Vaccination in the Punjab 1905-1918 - 1905-1918
Year: 1905
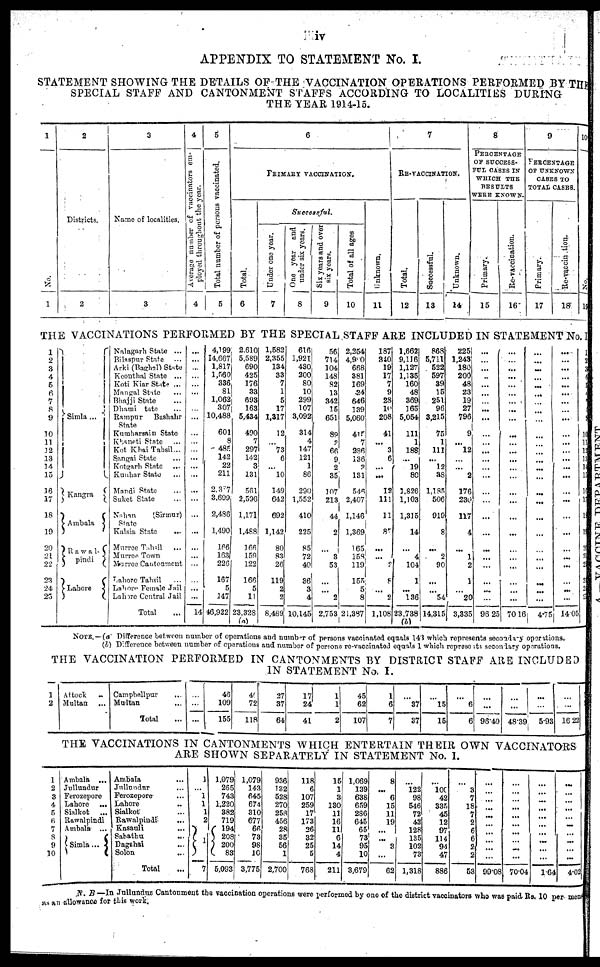
iv
APPENDIX TO STATEMENT No. I.
STATEMENT SHOWING THE DETAILS OF THE VACCINATION OPERATIONS PERFORMED BY THE
SPECIAL STAFF AND CANTONMENT STAFFS ACCORDING TO LOCALITIES DURING
THE YEAR 1914-15.
1
No.
1
2
Districts.
2
3
Name of localities.
3
4
Average number of vaccinators em-
ployed throughout the year.
4
5
Total number of persons vaccinated.
5
6
PRIMARY VACCINATION.
Total.
6
Successful.
Under one year.
7
One year and
under six years.
8
Six years and over
six years.
9
Total of all ages
10
Unknown.
11
7
RE-VACCINATION.
Total.
12
Successful.
13
Unknown.
14
8
PERCENTAGE
OF SUCCESS¬
FUL CASES IN
WHICH THE
RESULTS
WERE KNOWN.
Primary.
15
Re-vaccination.
16
9
PERCENTAGE
OF UNKNOWN
CASES TO
TOTAL CASES.
Primary.
17
Re-vaccination.
18
10
No.
19
THE VACCINATIONS PERFORMED BY THE SPECIAL STAFF ARE INCLUDED IN STATEMENT No. I.
1
2
3
4
5
6
7
8
9
10
11
12
13
14
15
16
17
18
19
20
21
22
23
24
25
Simla ...
Kangra ...
Ambala ...
Rawal¬
pindi ...
Lahore ...
Nalagarh State ...
Bilaspur State ...
Arki (Baghal State)
Keonthal State ...
Koti Kiar State ...
Mangal State ...
Bhajji State ...
Dhami state ...
Rampur Bashahr
State
Kumharsain State ...
Khaneti State ...
Kot Khai Tahsil ...
Sangai State ...
Kotgarh State ...
Kunhar State ...
Mandi State ...
Suket State ...
Nahan
(Sirmur)
State
Kalsia State
...
Murree Tahsil ...
Murree Town ...
Murree Cantonment
Lahore Tahsil ...
Lahore Female Jail ...
Lahore Central Jail ...
Total ...
...
...
...
...
...
...
...
...
...
...
...
...
...
...
...
...
...
...
...
...
...
...
...
...
...
14
4,199
14,667
1,817
1,560
336
81
1,062
307
10,488
601
8
485
142
22
211
2,337
3,699
2,486
1,490
166
163
226
167
5
147
46,922
2,610
5,589
690
425
176
33
693
163
5,434
490
7
297
142
3
131
561
2,596
1,171
1,488
166
159
122
166
5
11
23,328
(a)
1,582
2,355
134
33
7
1
5
17
1,317
12
...
73
6
...
10
149
642
692
1,142
80
83
26
119
2
2
8,489
616
1,921
430
200
80
10
299
107
3,092
314
4
147
121
1
86
290
1,552
410
225
85
72
40
36
3
4
10,145
56
714
104
148
82
13
342
15
651
89
3
66
9
2
35
107
213
44
2
...
3
53
...
...
2
2,753
2,254
4,980
668
381
169
24
646
139
5,060
415
7
286
136
3
131
546
2,407
1,146
1,369
165
158
119
155
5
8
21,387
187
340
19
17
7
9
28
10
208
41
...
3
6
...
...
12
111
11
87
...
...
2
8
...
2
1,108
1,662
9,116
1,127
1,135
160
48
369
165
5,054
111
1
188
...
19
80
1,826
1,103
1,315
14
...
4
104
1
...
136
23,738
(b)
868
5,711
522
597
39
15
251
96
3,215
75
1
111
...
12
38
1,185
506
919
8
...
2
90
...
...
54
14,315
225
1,243
180
200
48
23
19
27
796
9
...
12
...
...
2
176
230
117
4
...
1
2
1
...
20
3,335
...
...
...
...
...
...
...
...
...
...
...
...
...
...
...
...
...
...
...
...
...
...
...
96.25
...
...
...
...
...
...
...
...
...
...
...
...
...
...
...
...
...
...
...
...
...
...
...
70.16
...
...
...
...
...
...
...
...
...
...
...
...
...
...
...
...
...
...
...
...
...
...
...
4.75
...
...
...
...
...
...
...
...
...
...
...
...
...
...
...
...
...
...
...
...
...
...
...
...
...
14.05
1
2
3
4
5
6
7
8
9
10
11
12
13
14
15
16
17
18
19
20
21
22
23
24
25
NOTE.—(a) Difference between number of operations and number of persons vaccinated equals 143 which represents secondary operations.
(b) Difference between number of operations and number of persona re-vaccinated equals 1 which represents secondary operations.
THE VACCINATION PERFORMED IN CANTONMENTS BY DISTRICT STAFF ARE INCLUDED
IN STATEMENT No. I.
1
2
Attock ...
Multan ...
Campbellpur
...
Multan ...
Total ...
...
...
...
46
109
155
40
72
118
27
37
64
17
24
41
1
1
2
45
62
107
1
6
7
...
37
37
...
15
15
...
6
6
...
...
96.40
...
...
48.39
...
...
5.93
...
...
16.22
THE VACCINATIONS IN CANTONMENTS WHICH ENTERTAIN THEIR OWN VACCINATORS
ARE SHOWN SEPARATELY IN STATEMENT No. I.
1
2
3
4
5
6
7
8
9
10
Ambala ...
Jullundur ...
Ferozepore ...
Lahore ...
Sialkot ...
Rawalpindi ...
Ambala ...
Simla ...
Ambala ...
Jullundur ...
Ferozepore ...
Lahore ...
Sialkot ...
Rawalpindi ...
Kasauli ...
Sabathu ...
Dagshai ...
Solon ...
Total ...
1
...
1
1
1
2
1
7
1,079
265
743
1,220
382
719
194
208
200
83
5,093
1,079
143
645
674
310
677
66
73
98
10
3,775
936
132
528
270
258
456
28
35
56
1
2,700
118
6
107
259
17
173
26
32
25
5
768
15
1
3
130
11
16
11
6
14
4
211
1,069
139
638
659
286
645
65
73
95
10
3,679
8
...
6
15
11
19
...
...
3
...
62
...
122
98
546
72
42
128
135
102
73
1,318
...
100
42
335
45
12
97
114
94
47
886
...
3
7
18
7
2
6
6
2
2
53
...
...
...
...
...
...
...
...
...
...
99.08
...
...
...
...
...
...
...
...
...
...
70.04
...
...
...
...
...
...
...
...
...
...
1.64
...
...
...
...
...
...
...
...
...
...
4.02
N. B.—In Jullundur Cantonment the vaccination operations were performed by one of the district vaccinators who was paid Rs. 10 per mensem
as an allowance for this work.